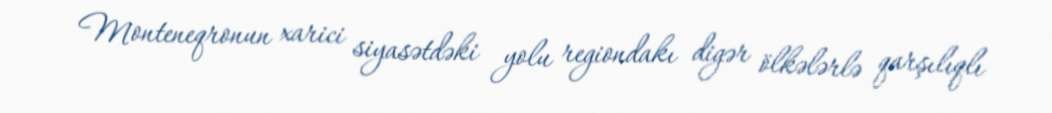
Monteneqronun xarici siyasətdəki yolu regiondakı digər ölkələrlə qarşılıqlı